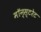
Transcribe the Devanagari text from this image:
मॉन्स्टरेट